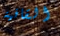
القافية